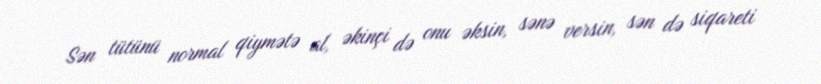
Sən tütünü normal qiymətə al, əkinçi də onu əksin, sənə versin, sən də siqareti